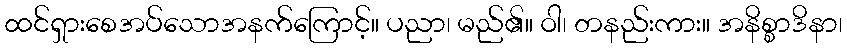
ထင်ရှားစေအပ်သောအနက်ကြောင့်။ ပညာ၊ မည်၏။ ဝါ၊ တနည်းကား။ အနိစ္စာဒိနာ၊